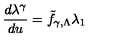
\frac { d \lambda ^ { \gamma } } { d u } = { \tilde { f } } _ { \gamma , \Lambda } \lambda _ { 1 }